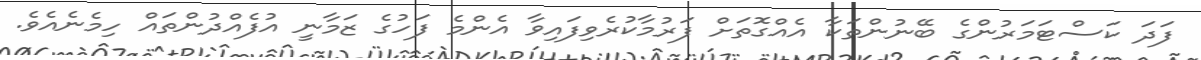
ފަދަ ކަސްޓަމަރުންގެ ބޭނުންތަކާ އެއްގޮތަށް ފަރުމާކުރެވިފައިވާ އެންމެ ފަހުގެ ޒަމާނީ އުފެއްދުންތައް ހިމެނެއެވެ.